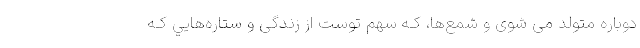
دوباره متولد می شوی و شمع‌ها، کـه سهم توست از زندگی و ستاره‌هایي کـه